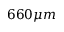
6 6 0 \mu m